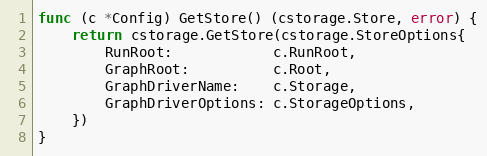
Language: Go
func (c *Config) GetStore() (cstorage.Store, error) {
	return cstorage.GetStore(cstorage.StoreOptions{
		RunRoot:            c.RunRoot,
		GraphRoot:          c.Root,
		GraphDriverName:    c.Storage,
		GraphDriverOptions: c.StorageOptions,
	})
}